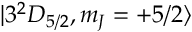
| 3 ^ { 2 } D _ { 5 / 2 } , m _ { J } = + 5 / 2 \rangle